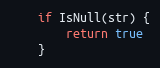
Language: Go
	if IsNull(str) {
		return true
	}